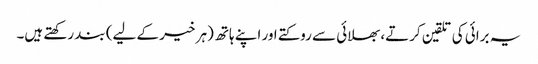
یہ برائی کی تلقین کرتے، بھلائی سے روکتے اور اپنے ہاتھ (ہر خیر کے لیے) بند رکھتے ہیں۔